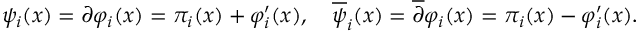
\psi _ { i } ( x ) = \partial \varphi _ { i } ( x ) = \pi _ { i } ( x ) + \varphi _ { i } ^ { \prime } ( x ) , \ \ \ { \overline { { \psi } } } _ { i } ( x ) = { \overline { { \partial } } } \varphi _ { i } ( x ) = \pi _ { i } ( x ) - \varphi _ { i } ^ { \prime } ( x ) .